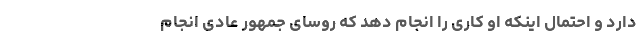
دارد و احتمال اینکه او کاری را انجام دهد که روسای جمهور عادی انجام